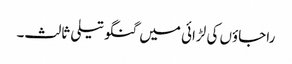
راجاؤں کی لڑائی میں گنگوتیلی ثالث۔